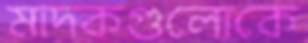
মাদকগুলোকে